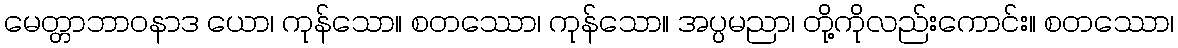
မေတ္တာဘာဝနာဒ ယော၊ ကုန်သော။ စတဿော၊ ကုန်သော။ အပ္ပမညာ၊ တို့ကိုလည်းကောင်း။ စတဿော၊